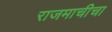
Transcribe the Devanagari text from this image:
राजमाचीचा